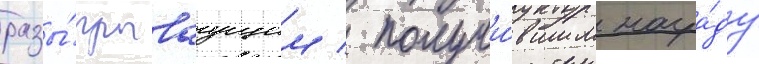
разы́грываущим / получи́вшим награ́ду